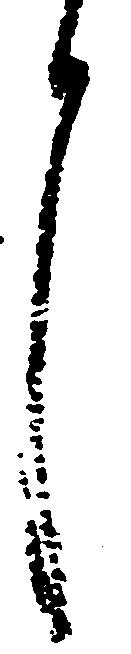
言